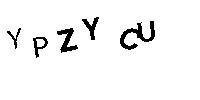
YPZYCU